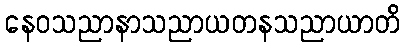
နေဝသညာနာသညာယတနသညာယာတိ